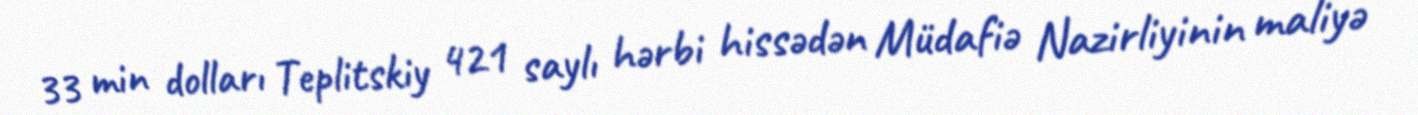
33 min dolları Teplitskiy 421 saylı hərbi hissədən Müdafiə Nazirliyinin maliyə